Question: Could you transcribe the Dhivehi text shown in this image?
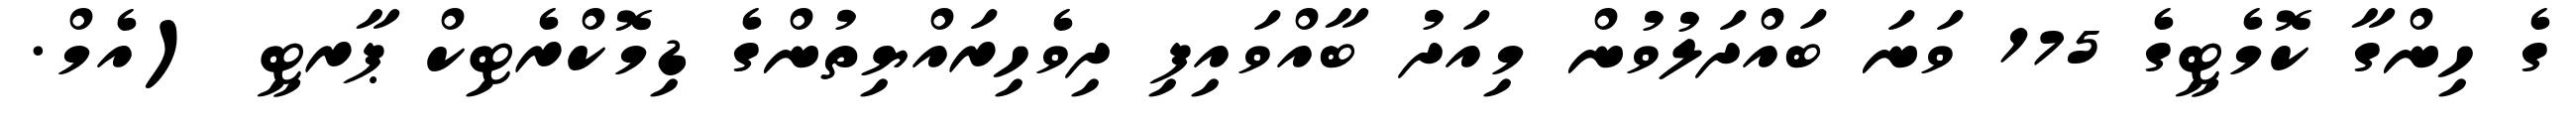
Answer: ގެ ހިންގާ ކޮމެޓީގެ 175 ވަނަ ބައްދަލުވުން މިއަދު ބާއްވައިފި ދިވެހިރައްޔިތުންގެ ޑިމޮކްރެޓިކް ޕާރޓީ (އެމް.